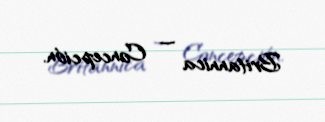
Britannica — Concepción.